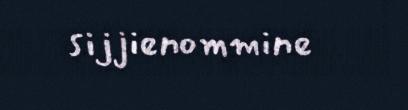
sijjienommine